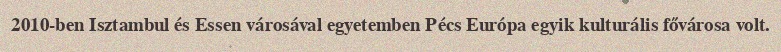
2010-ben Isztambul és Essen városával egyetemben Pécs Európa egyik kulturális fővárosa volt.